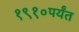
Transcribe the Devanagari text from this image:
१९१०पर्यंत